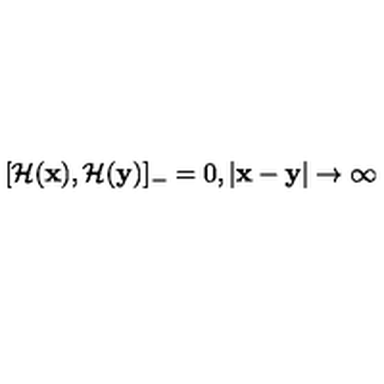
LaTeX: [ { \cal H } ( { \bf x } ) , { \cal H } ( { \bf y } ) ] _ { - } = 0 , | { \bf x } - { \bf y } | \rightarrow \infty